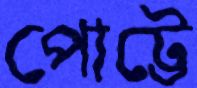
পোট্টে